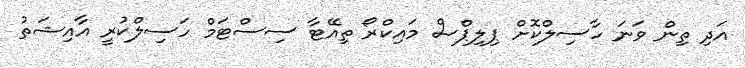
އަދި ތިން ވަނަ ހާސިލްކޮށް ޕިލިޕްސް މައިކްރޯ ތިއޭޓާ ސިސްޓަމް ހަސިލްކުރީ އާއިޝަތު